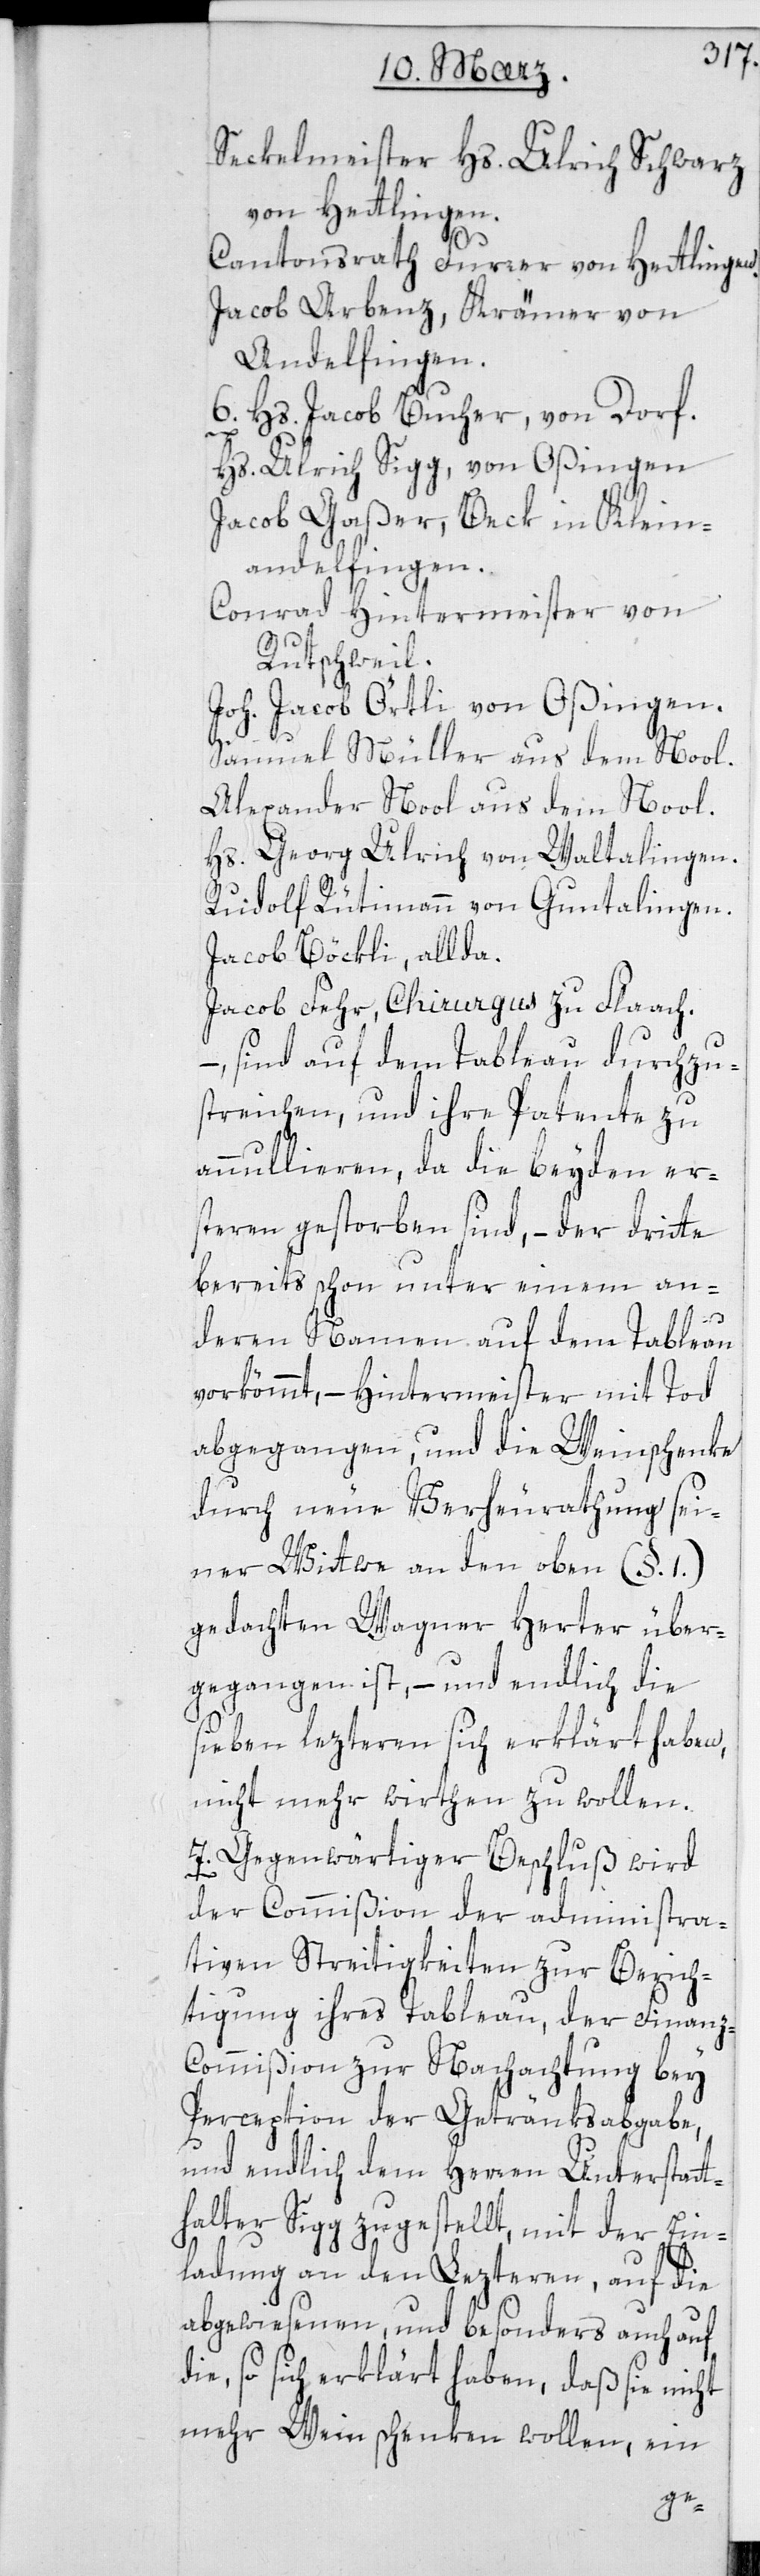
Seckelmeister Hs. Ulrich Schwarz
von Hettlingen.
Cantonsrath Furrer von Hettlingen.
Jacob Arbenz, Krämer, von
Andelfingen.
6. Hs. Jacob Bucher von Dorf.
Hs. Ulrich Sigg von Oßingen.
Jacob Gaßer, Beck in Klein¬
andelfingen.
Conrad Hintermeister von
Rutschweil.
Joh. Jacob Örtli von Oßingen.
Samuel Müller aus dem Nool.
Alexander Nool aus dem Nool.
Hs. Georg Ulrich von Waltalingen.
Rudolf Rütimann von Guntalingen.
Jacob Böckli, allda.
Jacob Fehr, Chirurgus zu Flaach.
– sind auf dem Tableau durchzu¬
streichen, und ihre Patente zu
annullieren, da die beyden er¬
steren gestorben sind, – der dritte
bereits schon unter einem an¬
deren Namen auf dem Tableau
vorkömmt, – Hintermeister mit Tod
abgegangen, und die Weinschenke
durch neue Verheurathung sei¬
ner Wittwe an den oben (§. 1.)
gedachten Wagner Herter über¬
gegangen ist, – und endlich die
sieben lezteren sich erklärt haben,
nicht mehr Wirten zu wollen.
7. Gegenwärtiger Beschluß wird
der Commißion der administra¬
tiven Streitigkeiten zur Berich¬
tigung ihres Tableau, der Finanz-C¬
ommißion zur Nachachtung bey
Perception der Getränksabgabe,
und endlich dem Herren Unterstatt¬
halter Sigg zugestellt, mit der Ein¬
ladung an den Lezteren, auf die
Abgewiesenen, und besonders auch auf
die, so sich erklärt haben, daß sie nicht
mehr Wein schenken wollen, ein